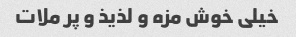
خیلی خوش مزه و لذیذ و پر ملات